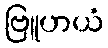
ဗြူဟယံ